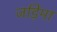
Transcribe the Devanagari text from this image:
जड़िमा